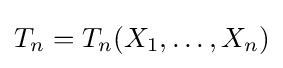
T_{n}=T_{n}(X_{1},\dots ,X_{n})